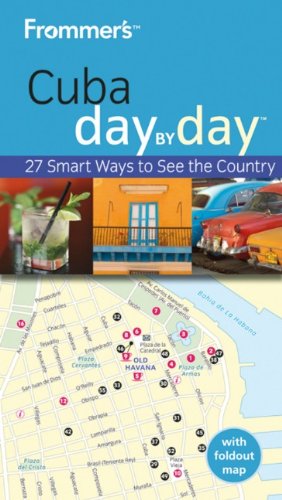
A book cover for Frommer's Cuba Day by Day (Frommer's Day by Day - Pocket); Claire Boobbyer; Travel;